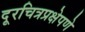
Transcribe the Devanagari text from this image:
दूरचित्रप्रक्षेपणे